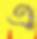
এ